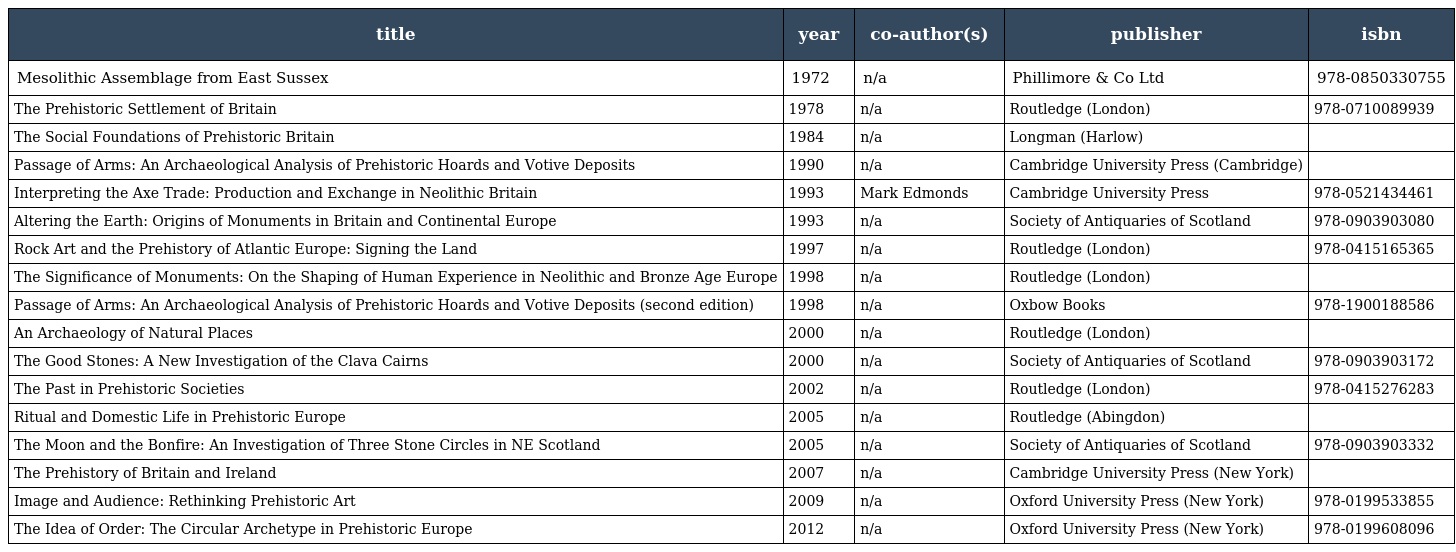
| title | year | co-author(s) | publisher | isbn |
 | --- | --- | --- | --- | --- |
 | Mesolithic Assemblage from East Sussex | 1972 | n/a | Phillimore & Co Ltd | 978-0850330755 |
 | The Prehistoric Settlement of Britain | 1978 | n/a | Routledge (London) | 978-0710089939 |
 | The Social Foundations of Prehistoric Britain | 1984 | n/a | Longman (Harlow) |  |
 | Passage of Arms: An Archaeological Analysis of Prehistoric Hoards and Votive Deposits | 1990 | n/a | Cambridge University Press (Cambridge) |  |
 | Interpreting the Axe Trade: Production and Exchange in Neolithic Britain | 1993 | Mark Edmonds | Cambridge University Press | 978-0521434461 |
 | Altering the Earth: Origins of Monuments in Britain and Continental Europe | 1993 | n/a | Society of Antiquaries of Scotland | 978-0903903080 |
 | Rock Art and the Prehistory of Atlantic Europe: Signing the Land | 1997 | n/a | Routledge (London) | 978-0415165365 |
 | The Significance of Monuments: On the Shaping of Human Experience in Neolithic and Bronze Age Europe | 1998 | n/a | Routledge (London) |  |
 | Passage of Arms: An Archaeological Analysis of Prehistoric Hoards and Votive Deposits (second edition) | 1998 | n/a | Oxbow Books | 978-1900188586 |
 | An Archaeology of Natural Places | 2000 | n/a | Routledge (London) |  |
 | The Good Stones: A New Investigation of the Clava Cairns | 2000 | n/a | Society of Antiquaries of Scotland | 978-0903903172 |
 | The Past in Prehistoric Societies | 2002 | n/a | Routledge (London) | 978-0415276283 |
 | Ritual and Domestic Life in Prehistoric Europe | 2005 | n/a | Routledge (Abingdon) |  |
 | The Moon and the Bonfire: An Investigation of Three Stone Circles in NE Scotland | 2005 | n/a | Society of Antiquaries of Scotland | 978-0903903332 |
 | The Prehistory of Britain and Ireland | 2007 | n/a | Cambridge University Press (New York) |  |
 | Image and Audience: Rethinking Prehistoric Art | 2009 | n/a | Oxford University Press (New York) | 978-0199533855 |
 | The Idea of Order: The Circular Archetype in Prehistoric Europe | 2012 | n/a | Oxford University Press (New York) | 978-0199608096 |